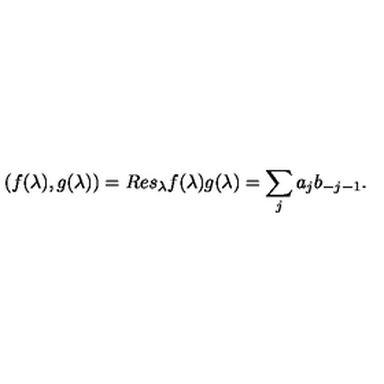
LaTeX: ( f ( \lambda ) , g ( \lambda ) ) = R e s _ { \lambda } f ( \lambda ) g ( \lambda ) = \sum _ { j } a _ { j } b _ { - j - 1 } .